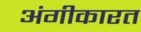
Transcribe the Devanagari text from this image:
अंगीकारत